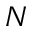
N